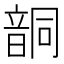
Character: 𩐤